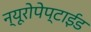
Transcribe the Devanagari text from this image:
न्यूरोपेप्टाईड